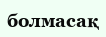
болмасақ